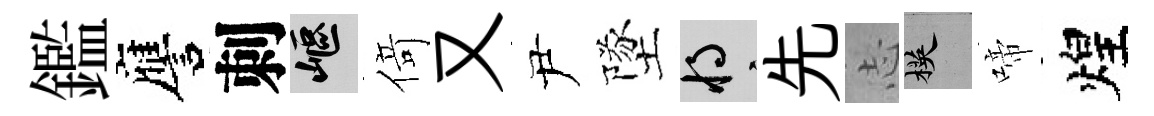
鑑譍刺嶇𠋣又尹墜將先𢖽楧啼煌